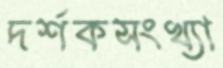
দর্শকসংখ্যা